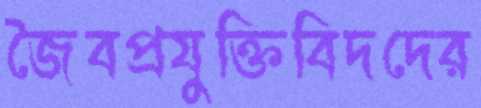
জৈবপ্রযুক্তিবিদদের